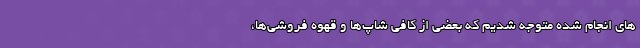
های انجام شده متوجه شدیم که بعضی از کافی شاپ‌ها و قهوه فروشی‌ها،